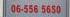
06-556